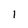
Character: I